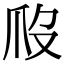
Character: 𤓶